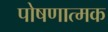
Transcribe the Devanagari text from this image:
पोषणात्मक